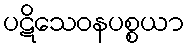
ပဋိသေဝနပစ္စယာ